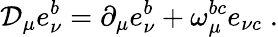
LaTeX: {\cal D}_{\mu}e_{\nu}^{b}=\partial_{\mu}e_{\nu}^{b}+\omega_{\mu}^{bc}e_{\nu c}\; .